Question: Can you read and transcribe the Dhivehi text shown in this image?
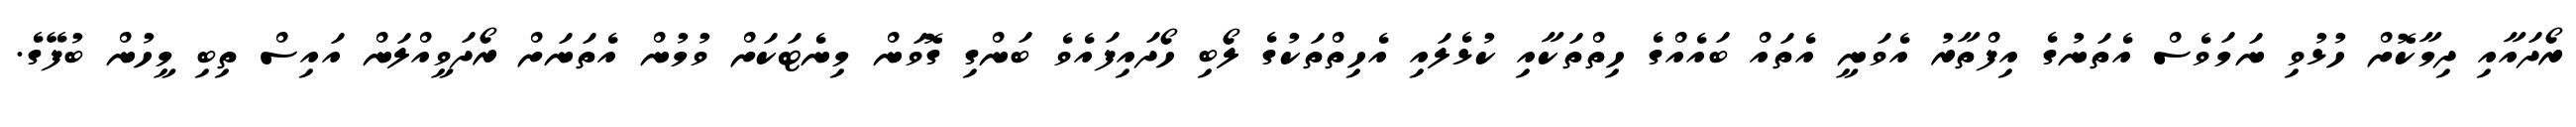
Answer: ރޯދައާއި ދިމާކޮށް ހުޅުވި ނަމަވެސް އެތަނުގެ އިފްތާރު އެވަނީ އެތައް ބައެއްގެ ހިތްތަކާއި ކުޅެލައި އެހިތްތަކުގެ ލޯބި ހޯދައިފައެވެ ބަންގި ގޮވަން މިނެޓަކަށް ވުމުން އެތަނަށް ރޯދަވީއްލަން އައިސް ތިބި މީހުން ބުފޭގެ.